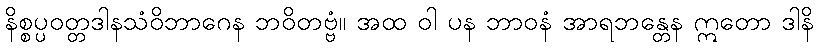
နိစ္စပ္ပဝတ္တဒါနသံဝိဘာဂေန ဘဝိတဗ္ဗံ။ အထ ဝါ ပန ဘာဝနံ အာရဘန္တေန ဣတော ဒါနိ